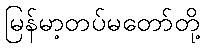
မြန်မာ့တပ်မတော်တို့